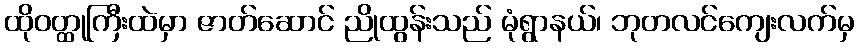
ထိုဝတ္ထုကြီးထဲမှာ ဇာတ်ဆောင် ညိုထွန်းသည် မုံရွာနယ်၊ ဘုတလင်ကျေးလက်မှ